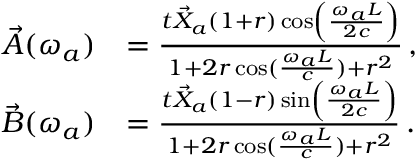
\begin{array} { r l } { \vec { A } ( \omega _ { a } ) } & { = \frac { t \vec { X } _ { a } \left( 1 + r \right) \cos \left( \frac { \omega _ { a } L } { 2 c } \right) } { 1 + 2 r \cos ( \frac { \omega _ { a } L } { c } ) + r ^ { 2 } } \, , } \\ { \vec { B } ( \omega _ { a } ) } & { = \frac { t \vec { X } _ { a } \left( 1 - r \right) \sin \left( \frac { \omega _ { a } L } { 2 c } \right) } { 1 + 2 r \cos ( \frac { \omega _ { a } L } { c } ) + r ^ { 2 } } \, . } \end{array}